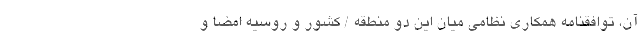
آن، توافقنامه همکاری نظامی میان این دو منطقه / کشور و روسیه امضا و